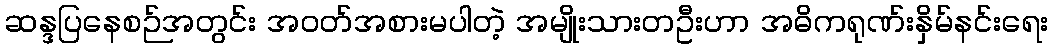
ဆန္ဒပြနေစဉ်အတွင်း အဝတ်အစားမပါတဲ့ အမျိုးသားတဦးဟာ အဓိကရုဏ်းနှိမ်နင်းရေး